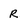
Character: R